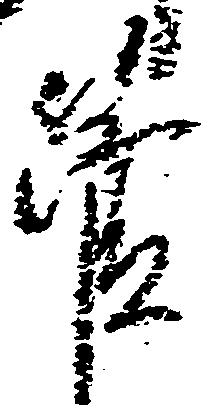
管